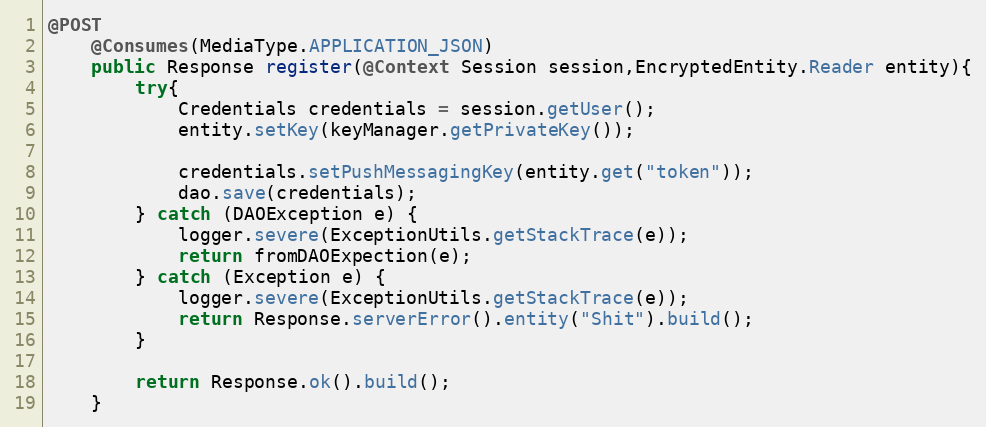
Language: Java
@POST
    @Consumes(MediaType.APPLICATION_JSON)
    public Response register(@Context Session session,EncryptedEntity.Reader entity){
        try{
            Credentials credentials = session.getUser();
            entity.setKey(keyManager.getPrivateKey());

            credentials.setPushMessagingKey(entity.get("token"));
            dao.save(credentials);
        } catch (DAOException e) {
            logger.severe(ExceptionUtils.getStackTrace(e));
            return fromDAOExpection(e);
        } catch (Exception e) {
            logger.severe(ExceptionUtils.getStackTrace(e));
            return Response.serverError().entity("Shit").build();
        }

        return Response.ok().build();
    }